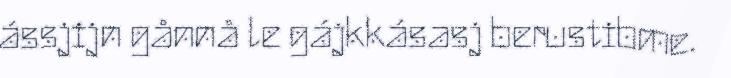
ássjijn gånnå le gájkkásasj berustibme.